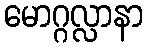
မောဂ္ဂလ္လာနာ